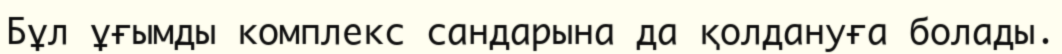
Бұл ұғымды комплекс сандарына да қолдануға болады.